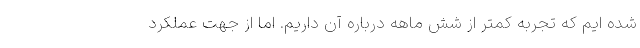
شده ایم که تجربه کمتر از شش ماهه درباره آن داریم. اما از جهت عملکرد